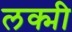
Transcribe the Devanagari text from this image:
लक्मी